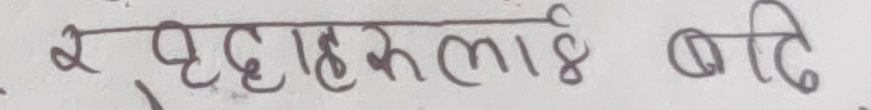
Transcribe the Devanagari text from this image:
र यदाहरूलाई बढी